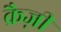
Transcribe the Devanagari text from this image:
क्रैज़ी